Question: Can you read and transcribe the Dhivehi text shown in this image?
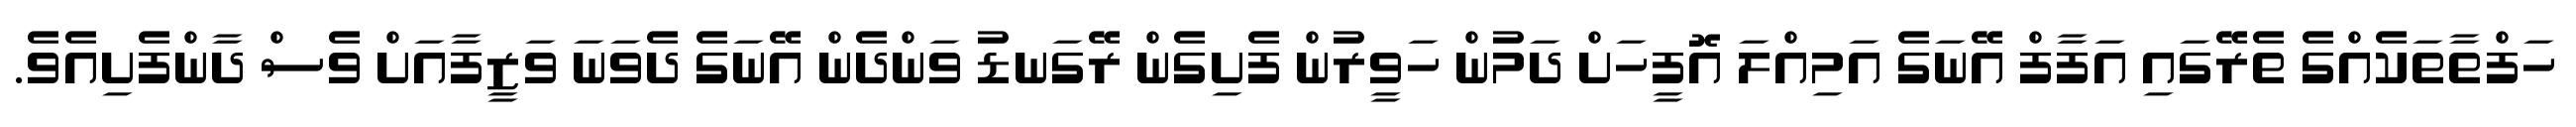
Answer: ހަފްތާތަކެއްގެ ތެރޭގައި އަފާފް އޭނަގެ އަމިއްލަ އޮފީހަށް ދަމުން ހަވީރުން ފެށިގެން ރޭގަނޑު ވަންދެން އޭނަގެ ދެވަނަ ވަޒީފާއަށް ވެސް ދާންފެށިއެވެ.